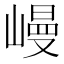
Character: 𡻩